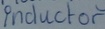
Text: Inductor